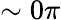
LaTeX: \sim 0\pi